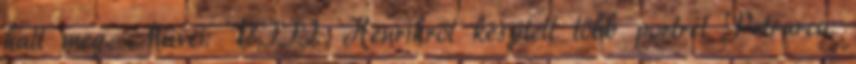
halt meg. Művei: VIII. Henrikről készített több portrét Petrarca: